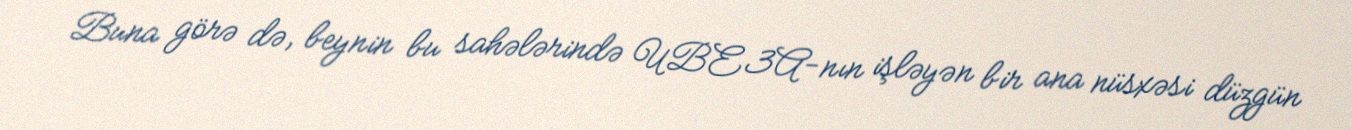
Buna görə də, beynin bu sahələrində UBE3A-nın işləyən bir ana nüsxəsi düzgün